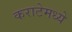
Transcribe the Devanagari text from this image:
कराटेमध्ये